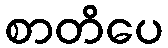
စာတိပေ